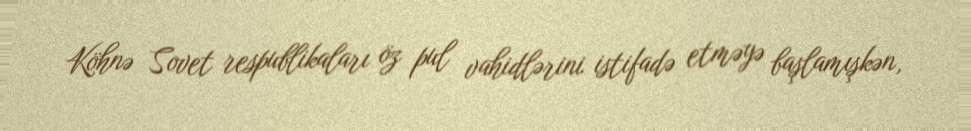
Köhnə Sovet respublikaları öz pul vahidlərini istifadə etməyə başlamışkən,